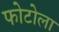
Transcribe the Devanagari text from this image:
फोटोला